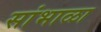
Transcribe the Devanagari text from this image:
सांभाळा